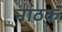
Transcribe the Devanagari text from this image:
नाठक